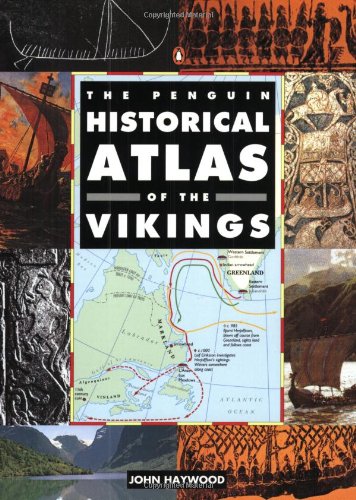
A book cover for The Penguin Historical Atlas of the Vikings (Hist Atlas); John Haywood; History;